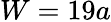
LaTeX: W=19a